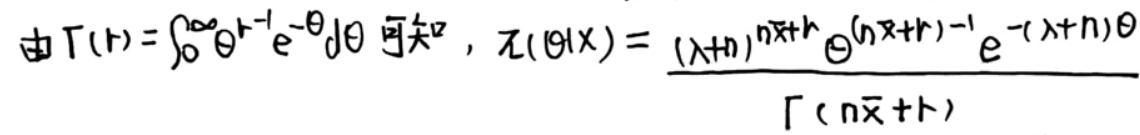
由\( \Gamma(r)=\int_{0}^{\infty} \theta^{r - 1} e^{-\theta} d\theta  \)可知\(, \pi(\theta|x)=\frac{(\lambda + n)^{n\bar{x}+r} \theta^{(n\bar{x}+r)-1} e^{-(\lambda + n)\theta}}{\Gamma(n\bar{x}+r)}\)